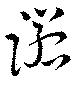
諾